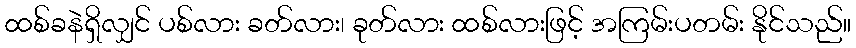
ထစ်ခနဲရှိလျှင် ပစ်လား ခတ်လား၊ ခုတ်လား ထစ်လားဖြင့် အကြမ်းပတမ်း နိုင်သည်။